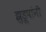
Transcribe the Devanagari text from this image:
झुडूपांनी